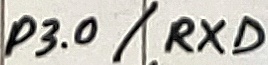
Text: P3.0/RXD